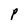
Character: P